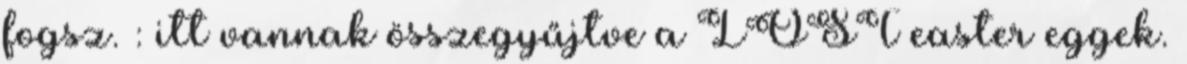
fogsz. : itt vannak összegyűjtve a LOST easter eggek.